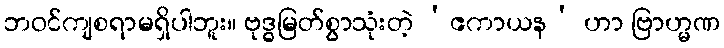
ဘဝင်ကျစရာမရှိပါဘူး။ ဗုဒ္ဓမြတ်စွာသုံးတဲ့ ‘ဧကာယန’ ဟာ ဗြာဟ္မဏ